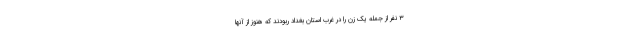
۳ نفر از جمله یک زن را در غرب استان بغداد ربودند که هنوز از آنها